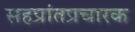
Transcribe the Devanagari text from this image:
सहप्रांतप्रचारक